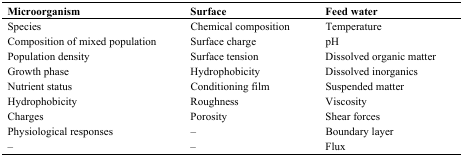
<table><thead><tr><td><b>Microorganism</b></td><td><b>Surface</b></td><td><b>Feed water</b></td></tr></thead><tbody><tr><td>Species</td><td>Chemical composition</td><td>Temperature</td></tr><tr><td>Composition of mixed population</td><td>Surface charge</td><td>pH</td></tr><tr><td>Population density</td><td>Surface tension</td><td>Dissolved organic matter</td></tr><tr><td>Growth phase</td><td>Hydrophobicity</td><td>Dissolved inorganics</td></tr><tr><td>Nutrient status</td><td>Conditioning film</td><td>Suspended matter</td></tr><tr><td>Hydrophobicity</td><td>Roughness</td><td>Viscosity</td></tr><tr><td>Charges</td><td>Porosity</td><td>Shear forces</td></tr><tr><td>Physiological responses</td><td>–</td><td>Boundary layer</td></tr><tr><td>–</td><td>–</td><td>Flux</td></tr></tbody></table>